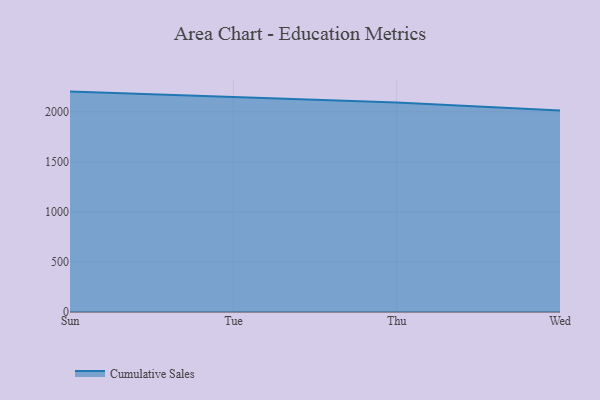
{"axis": {"x": "Day", "y": "Operating Costs (USD K)"}, "legend": ["Cumulative Sales"], "data": [{"x": "Sun", "y": 2201.9, "type": "Cumulative Sales"}, {"x": "Tue", "y": 2150.2, "type": "Cumulative Sales"}, {"x": "Thu", "y": 2091.8, "type": "Cumulative Sales"}, {"x": "Wed", "y": 2011.9, "type": "Cumulative Sales"}]}